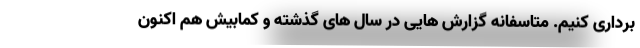
برداری کنیم. متاسفانه گزارش هایی در سال های گذشته و کمابیش هم اکنون